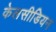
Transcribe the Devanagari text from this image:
केलसीडियन